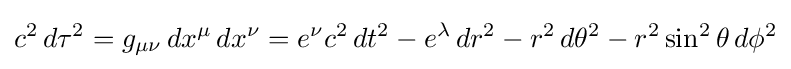
c^{2}\,d\tau ^{2}=g_{\mu \nu }\,dx^{\mu }\,dx^{\nu }=e^{\nu }c^{2}\,dt^{2}-e^{\lambda }\,dr^{2}-r^{2}\,d\theta ^{2}-r^{2}\sin ^{2}\theta \,d\phi ^{2}